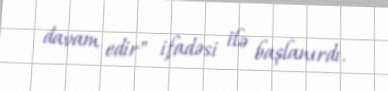
davam edir" ifadəsi ilə başlanırdı.